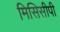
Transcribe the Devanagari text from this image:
मिसिसीपी